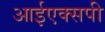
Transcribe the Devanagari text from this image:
आईएक्सपी